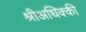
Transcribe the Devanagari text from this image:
श्रीअधिक्की